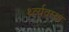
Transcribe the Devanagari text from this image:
र्थ्व्यवस्था